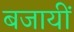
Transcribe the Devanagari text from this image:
बजायीं